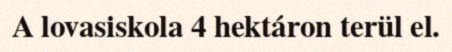
A lovasiskola 4 hektáron terül el.